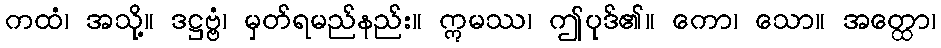
ကထံ၊ အသို့။ ဒဋ္ဌဗ္ဗံ၊ မှတ်ရမည်နည်း။ ဣမဿ၊ ဤပုဒ်၏။ ကော၊ သော။ အတ္ထော၊